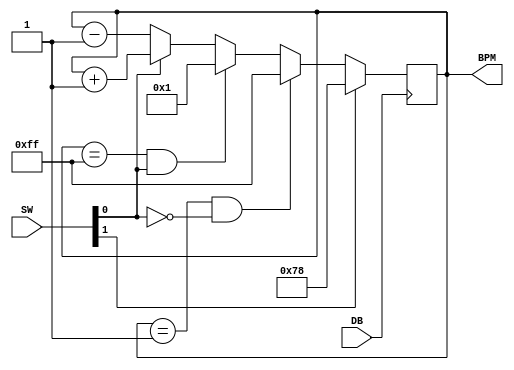
module incrementer(

    input [1:0] SW,
    input DB,
    
    output reg [7:0] BPM
    );

	 initial BPM = 8'd121;
		
	always @(posedge DB) begin 
	
		if(SW[1])
			BPM <= 8'd120;
		// account for divide by 0
		else if(BPM == 1 & SW[0] == 0)
			BPM <= 8'd255;
		else if(BPM == 255 & SW[0] == 1)
			BPM <= 8'd1;
		else if(SW[0])
			BPM <= BPM + 1;
		else
			BPM <= BPM - 1;

	end
    
endmodule